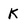
Character: K